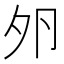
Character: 𡖉